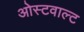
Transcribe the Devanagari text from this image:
ओस्टवाल्ट